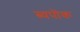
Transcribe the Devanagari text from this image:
ब्यपॊक